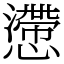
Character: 懘